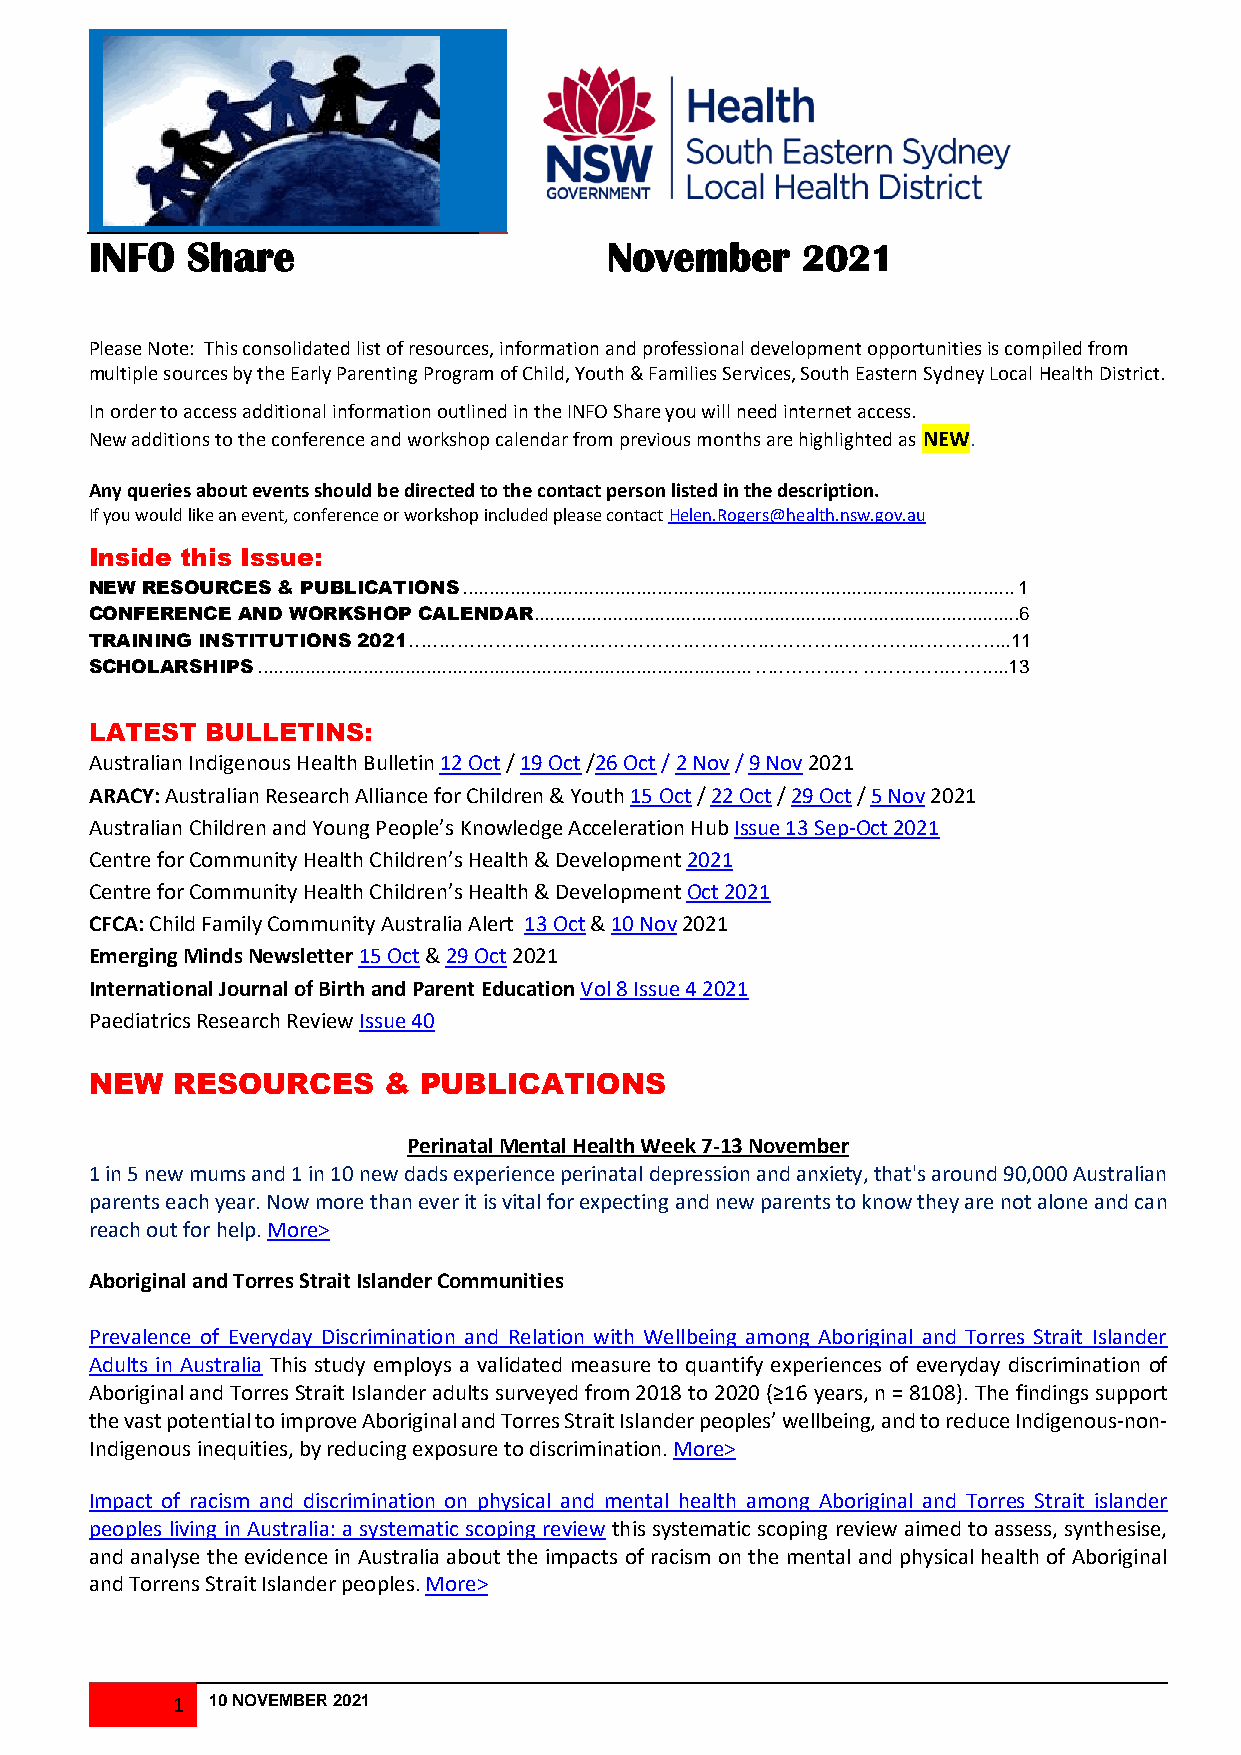
INFO  Share                       November     202124
 J24 J013 242222
 013
 Please Note: This consolidated list of resources, information and professional development opportunities is compiled from
 multiple sources by the Early Parenting Program of Child, Youth & Families Services, South Eastern Sydney Local Health District.
 In order to access additional information outlined in the INFO Share you will need internet access.
 New additions to the conference and workshop calendar from previous months are highlighted as NEW.
 Any queries about events should be directed to the contact person listed in the description.
 If you would like an event, conference or workshop included please contact Helen.Rogers@health.nsw.gov.au
 Inside this Issue:
 NEW RESOURCES & PUBLICATIONS ......................................................................................................... 1
 CONFERENCE AND WORKSHOP CALENDAR.............................................................................................6
 TRAINING INSTITUTIONS 2021…………………………………………………………………………………....11
 SCHOLARSHIPS .............................................................................................. ………….…. …………..……....13
 LATEST  BULLETINS:
 Australian Indigenous Health Bulletin 12 Oct / 19 Oct /26 Oct / 2 Nov / 9 Nov 2021
 ARACY: Australian Research Alliance for Children & Youth 15 Oct / 22 Oct / 29 Oct / 5 Nov 2021
 Australian Children and Young People’s Knowledge Acceleration Hub Issue 13 Sep-Oct 2021
 Centre for Community Health Children’s Health & Development 2021
 Centre for Community Health Children’s Health & Development Oct 2021
 CFCA: Child Family Community Australia Alert 13 Oct & 10 Nov 2021
 Emerging Minds Newsletter 15 Oct & 29 Oct 2021
 International Journal of Birth and Parent Education Vol 8 Issue 4 2021
 Paediatrics Research Review Issue 40
 NEW  RESOURCES     &  PUBLICATIONS
 Perinatal Mental Health Week 7-13 November
 1 in 5 new mums and 1 in 10 new dads experience perinatal depression and anxiety, that's around 90,000 Australian
 parents each year. Now more than ever it is vital for expecting and new parents to know they are not alone and can
 reach out for help. More>
 Aboriginal and Torres Strait Islander Communities
 Prevalence of Everyday Discrimination and Relation with Wellbeing among Aboriginal and Torres Strait Islander
 Adults in Australia This study employs a validated measure to quantify experiences of everyday discrimination of
 Aboriginal and Torres Strait Islander adults surveyed from 2018 to 2020 (≥16 years, n = 8108). The findings support
 the vast potential to improve Aboriginal and Torres Strait Islander peoples’ wellbeing, and to reduce Indigenous-non-
 Indigenous inequities, by reducing exposure to discrimination. More>
 Impact of racism and discrimination on physical and mental health among Aboriginal and Torres Strait islander
 peoples living in Australia: a systematic scoping review this systematic scoping review aimed to assess, synthesise,
 and analyse the evidence in Australia about the impacts of racism on the mental and physical health of Aboriginal
 and Torrens Strait Islander peoples. More>
 1  10 NOVEMBER 2021